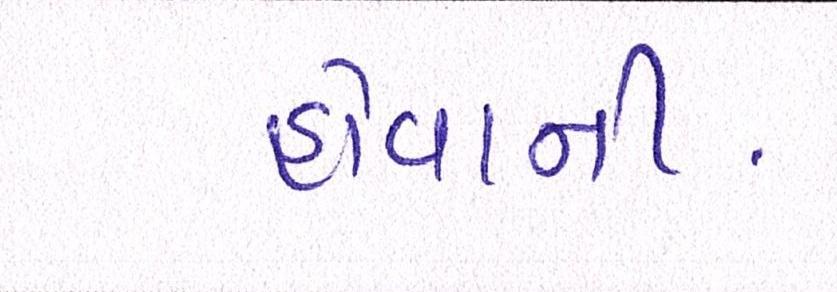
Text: હોવાની